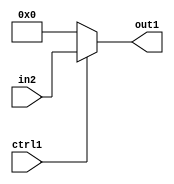
`timescale 1ps / 1ps
/*****************************************************************************
    Verilog RTL Description
    
    
    Created by: Stratus DpOpt 2019.1.01 
*******************************************************************************/

module fix2float_N_Mux_8_2_16_4_1 (
	in2,
	ctrl1,
	out1
	); /* architecture "behavioural" */ 
input [7:0] in2;
input  ctrl1;
output [7:0] out1;
wire [7:0] asc001;

reg [7:0] asc001_tmp_0;
assign asc001 = asc001_tmp_0;
always @ (ctrl1 or in2) begin
	case (ctrl1)
		1'B1 : asc001_tmp_0 = in2 ;
		default : asc001_tmp_0 = 8'B00000000 ;
	endcase
end

assign out1 = asc001;
endmodule

/* CADENCE  uLfwSw8= : u9/ySgnWtBlWxVPRXgAZ4Og= ** DO NOT EDIT THIS LINE ******/